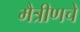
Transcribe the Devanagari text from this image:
मैत्रीणचे